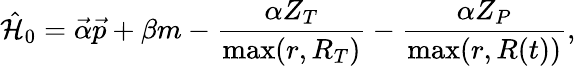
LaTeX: \hat{\mathcal{H}}_{0}=\vec{\alpha}\vec{p}+\beta m-\frac{\alpha Z_{T}}{\operatorname*{max}(r,R_{T})}-\frac{\alpha Z_{P}}{\operatorname*{max}(r,R(t))},